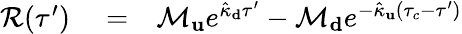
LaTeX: \begin{array}{rlr}{\mathcal{R}(\tau^{\prime})}&{{}=}&{\mathcal{M}_{\mathbf u}e^{\hat{\kappa}_{\mathbf d}\tau^{\prime}}-\mathcal{M}_{\mathbf d}e^{-\hat{\kappa}_{\mathbf u}(\tau_{c}-\tau^{\prime})}}\end{array}